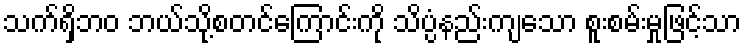
သက်ရှိဘဝ ဘယ်သို့စတင်ကြောင်းကို သိပ္ပံနည်းကျသော စူးစမ်းမှုဖြင့်သာ